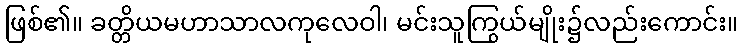
ဖြစ်၏။ ခတ္တိယမဟာသာလကုလေဝါ၊ မင်းသူကြွယ်မျိုး၌လည်းကောင်း။